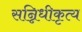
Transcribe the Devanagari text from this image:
सन्निधीकृत्य